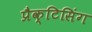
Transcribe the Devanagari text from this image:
प्रैक्टिसिंग